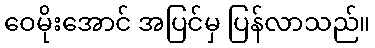
ဝေမိုးအောင် အပြင်မှ ပြန်လာသည်။